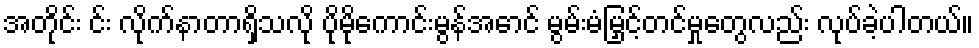
အတိုင်း င်း လိုက်နာတာရှိသလို ပိုမိုကောင်းမွန်အောင် မွမ်းမံမြှင့်တင်မှုတွေလည်း လုပ်ခဲ့ပါတယ်။